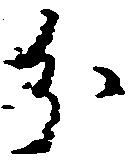
分